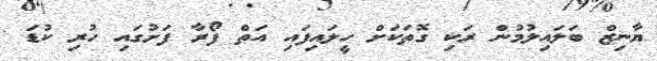
ޔާނިޒް ބަލައިލުމުން ރަކި ގޮތަކަށް ހީލައިފައި އަތް ފޯރާ ފަށުގައި ހުރި ކުޑަ